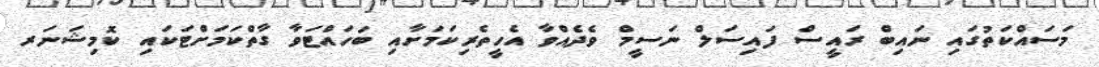
މަސައްކަތުގައި ނައިބް ރައީސް ފައިސަލް ނަސީމް ވެދެއްވާ އެހީތެރިކަމަށާއި ބަހައްޓަވާ ގާތްކަމަށްޓަކައި ކޮމިޝަނަރ